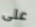
على